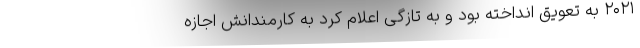
۲۰۲۱ به تعویق انداخته بود و به تازگی اعلام کرد به کارمندانش اجازه